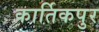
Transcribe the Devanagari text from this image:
कार्तिकपुर